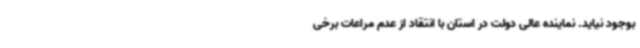
بوجود نیاید. نماینده عالی دولت در استان با انتقاد از عدم مراعات برخی